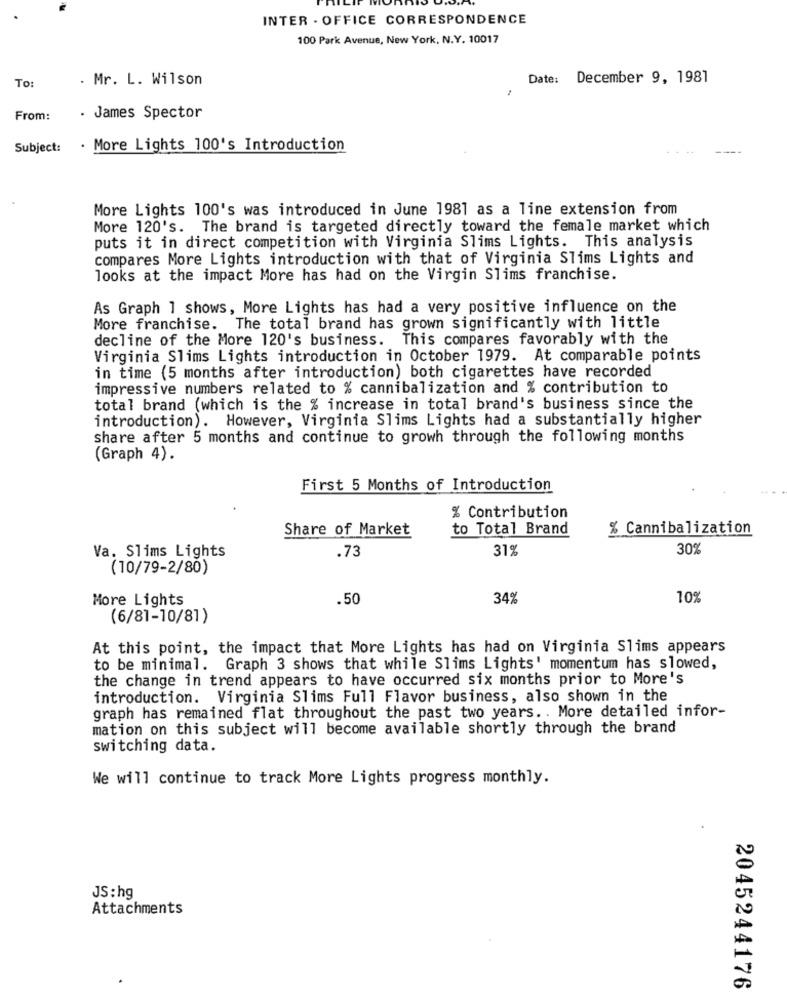
INTER - OFFICE CORRESPONDENCE
100 Park Avenue, New York, N.Y. 10017
. Mr. L. Wilson
Date:
December 9, 1981
To:
From:
. James Spector
Subject: . More Lights 100's Introduction
More Lights 100's was introduced in June 1981 as a line extension from
More 120's. The brand is targeted directly toward the female market which
puts it in direct competition with Virginia Slims Lights. This analysis
compares More Lights introduction with that of Virginia Slims Lights and
looks at the impact More has had on the Virgin Slims franchise.
As Graph 1 shows, More Lights has had a very positive influence on the
More franchise. The total brand has grown significantly with little
decline of the More 120's business. This compares favorably with the
Virginia Slims Lights introduction in October 1979. At comparable points
in time (5 months after introduction) both cigarettes have recorded
impressive numbers related to % cannibalization and % contribution to
total brand (which is the % increase in total brand's business since the
introduction). However, Virginia Slims Lights had a substantially higher
share after 5 months and continue to growh through the following months
(Graph 4).
First 5 Months of Introduction
% Contribution
Share of Market
to Total Brand
% Cannibalization
Va. Slims Lights
.73
31%
30%
(10/79-2/80)
More Lights
.50
34%
109
(6/81-10/81)
At this point, the impact that More Lights has had on Virginia Slims appears
to be minimal. Graph 3 shows that while Slims Lights' momentum has slowed,
the change in trend appears to have occurred six months prior to More's
introduction. Virginia Slims Full Flavor business, also shown in the
graph has remained flat throughout the past two years. . More detailed infor-
mation on this subject will become available shortly through the brand
switching data.
We will continue to track More Lights progress monthly.
JS:hg
Attachments
2045244176